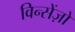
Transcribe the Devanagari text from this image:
विन्सेंज़ो